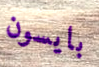
بايسون